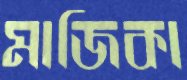
মাজিকা